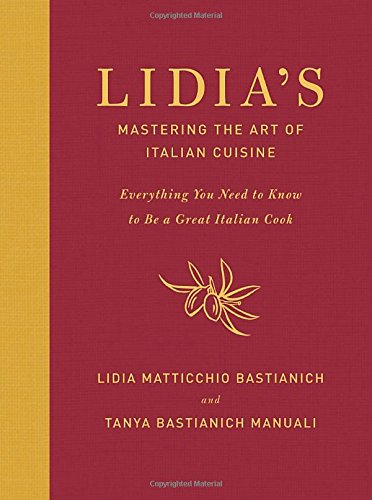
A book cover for Lidia's Mastering the Art of Italian Cuisine: Everything You Need to Know to Be a Great Italian Cook; Lidia Matticchio Bastianich; Cookbooks, Food & Wine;